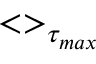
< > _ { \tau _ { m a x } }